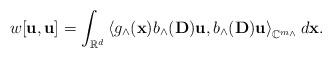
LaTeX: \begin{align*}w[\mathbf{u},\mathbf{u}] = \int_{\mathbb{R}^d} \left\langle g_\wedge(\mathbf{x}) b_\wedge(\mathbf{D}) \mathbf{u}, b_\wedge(\mathbf{D}) \mathbf{u} \right\rangle_{\mathbb{C}^{m_\wedge}} d \mathbf{x}.\end{align*}